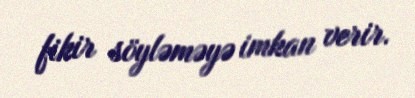
fikir söyləməyə imkan verir.